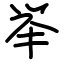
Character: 举